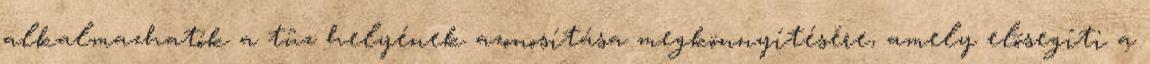
alkalmazhatók a tûz helyének azonosítása megkönnyítésére, amely elõsegíti a